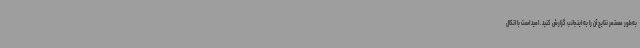
به‌طور مستمر نتایج آن را به اینجانب گزارش کنید. امید است با اتکال